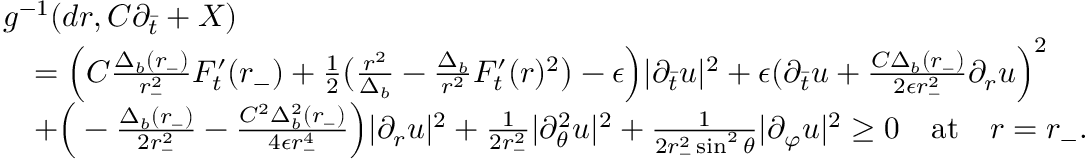
\begin{array} { r l } & { g ^ { - 1 } ( d r , C \partial _ { \bar { t } } + X ) } \\ & { \quad = \Big ( C \frac { \Delta _ { b } ( r _ { - } ) } { r _ { - } ^ { 2 } } F _ { t } ^ { \prime } ( r _ { - } ) + \frac 1 2 \big ( \frac { r ^ { 2 } } { \Delta _ { b } } - \frac { \Delta _ { b } } { r ^ { 2 } } F _ { t } ^ { \prime } ( r ) ^ { 2 } \big ) - \epsilon \Big ) \lvert \partial _ { \bar { t } } u \rvert ^ { 2 } + \epsilon ( \partial _ { \bar { t } } u + \frac { C \Delta _ { b } ( r _ { - } ) } { 2 \epsilon r _ { - } ^ { 2 } } \partial _ { r } u \Big ) ^ { 2 } } \\ & { \quad + \Big ( - \frac { \Delta _ { b } ( r _ { - } ) } { 2 r _ { - } ^ { 2 } } - \frac { C ^ { 2 } \Delta _ { b } ^ { 2 } ( r _ { - } ) } { 4 \epsilon r _ { - } ^ { 4 } } \Big ) \lvert \partial _ { r } u \rvert ^ { 2 } + \frac { 1 } { 2 r _ { - } ^ { 2 } } \vert \partial _ { \theta } ^ { 2 } u \vert ^ { 2 } + \frac { 1 } { 2 r _ { - } ^ { 2 } \sin ^ { 2 } \theta } \vert \partial _ { \varphi } u \vert ^ { 2 } \geq 0 \quad \mathrm { a t } \quad r = r _ { - } . } \end{array}